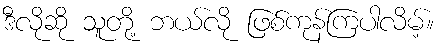
ဒီလိုဆို သူတို့ ဘယ်လို ဖြစ်ကုန်ကြပါလိမ့်။